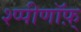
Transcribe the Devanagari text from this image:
श्प्पीणॉफ़्